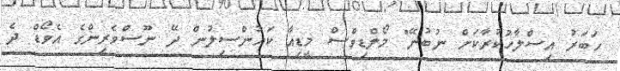
ހަބަރު އިސްލާހުކުރާކަށް ނުބުނޭ" މޯލްޑިވްސް މީޑިއާ ކައުންސިލުން ދޭ ނޫސްވެރިންގެ އެވޯޑް ދެ